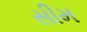
સીમ